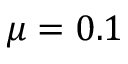
\mu = 0 . 1